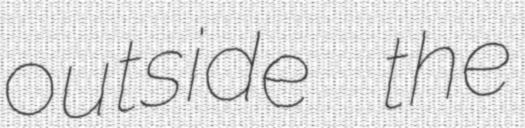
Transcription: outside the